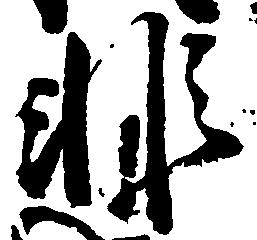
非